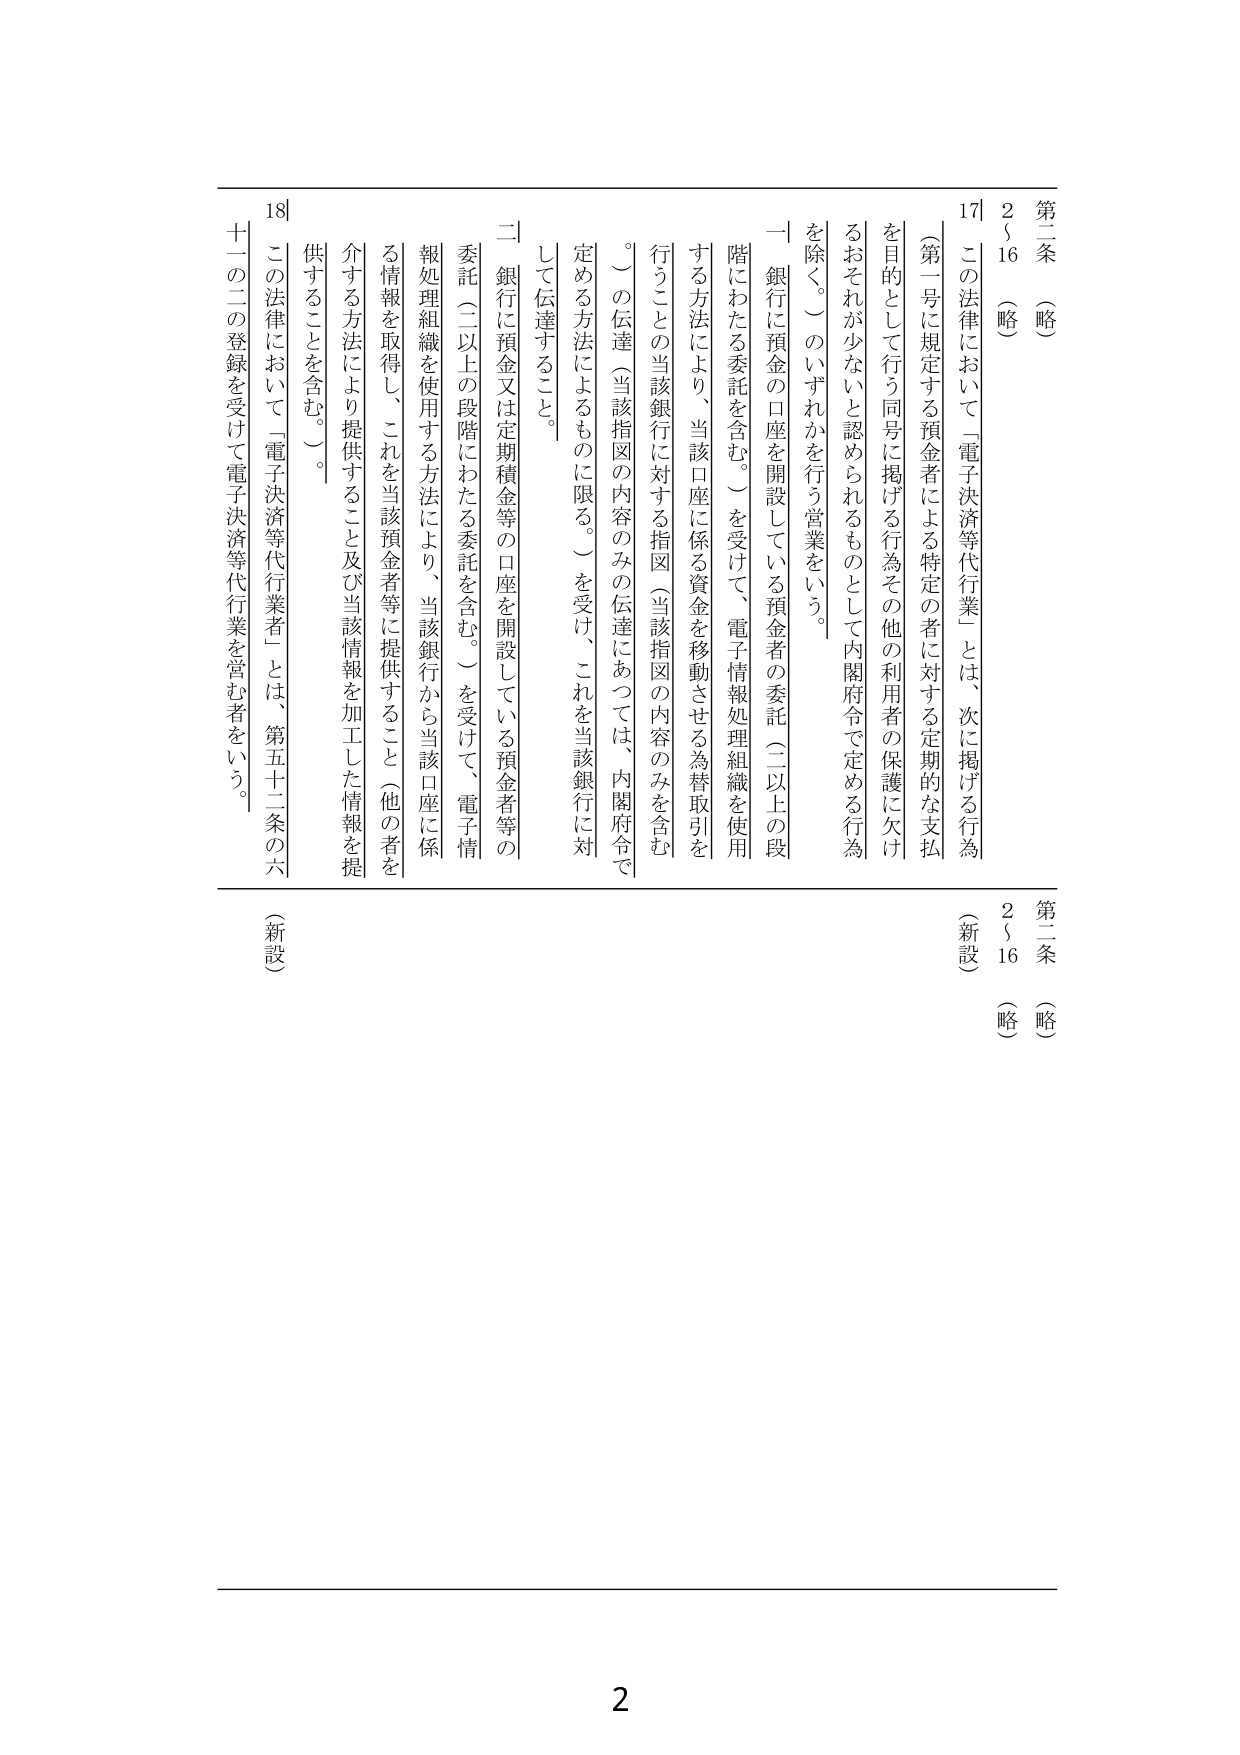
第二条 （略）
2～16 （略）

（第一号に規定する預金者による特定の者に対する定期的な支払を目的として行う同号に掲げる行為その他の利用者の保護に欠けるおそれが少ないと認められるものとして内閣府令で定める行為を除く。）のいずれかを行う営業をいう。

一 銀行に預金の口座を開設している預金者の委託（二以上の段階にわたる委託を含む。）を受けて、電子情報処理組織を使用する方法により、当該口座に係る資金を移動させる為替取引を行うことの当該銀行に対する指図（当該指図の内容のみを含む。）の伝達（当該指図の内容のみの伝達にあつては、内閣府令で定める方法によるものに限る。）を受け、これを当該銀行に対して伝達すること。

二 銀行に預金又は定期積金等の口座を開設している預金者等の委託（二以上の段階にわたる委託を含む。）を受けて、電子情報処理組織を使用する方法により、当該銀行から当該口座に係る情報を取得し、これを当該預金者等に提供すること（他の者を介する方法により提供すること及び当該情報を加工した情報を提供することを含む。）。

この法律において「電子決済等代行業者」とは、第五十二条の六十一の二の登録を受けて電子決済等代行業を営む者をいう。

第二条 （略）
2～16 （略）
（新設）

（新設）

2